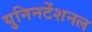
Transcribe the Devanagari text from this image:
युनिनटेंशनल